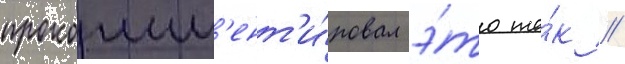
прокомм'ент'и́ровал э́то та́к //